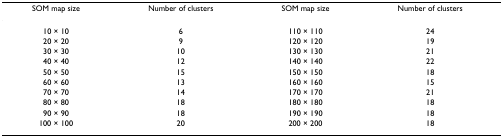
<table><thead><tr><td><b>SOM map size</b></td><td><b>Number of clusters</b></td><td><b>SOM map size</b></td><td><b>Number of clusters</b></td></tr></thead><tbody><tr><td>10 × 10</td><td>6</td><td>110 × 110</td><td>24</td></tr><tr><td>20 × 20</td><td>9</td><td>120 × 120</td><td>19</td></tr><tr><td>30 × 30</td><td>10</td><td>130 × 130</td><td>21</td></tr><tr><td>40 × 40</td><td>12</td><td>140 × 140</td><td>22</td></tr><tr><td>50 × 50</td><td>15</td><td>150 × 150</td><td>18</td></tr><tr><td>60 × 60</td><td>13</td><td>160 × 160</td><td>15</td></tr><tr><td>70 × 70</td><td>14</td><td>170 × 170</td><td>21</td></tr><tr><td>80 × 80</td><td>18</td><td>180 × 180</td><td>18</td></tr><tr><td>90 × 90</td><td>18</td><td>190 × 190</td><td>18</td></tr><tr><td>100 × 100</td><td>20</td><td>200 × 200</td><td>18</td></tr></tbody></table>